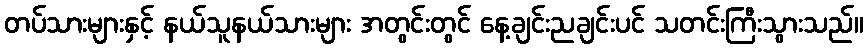
တပ်သားများနှင့် နယ်သူနယ်သားများ အတွင်းတွင် နေ့ချင်းညချင်းပင် သတင်းကြီးသွားသည်။